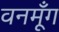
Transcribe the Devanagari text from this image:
वनमूँग